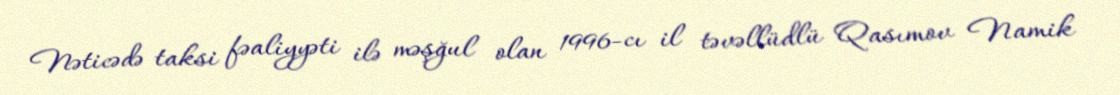
Nəticədə taksi fəaliyyəti ilə məşğul olan 1996-cı il təvəllüdlü Qasımov Namik